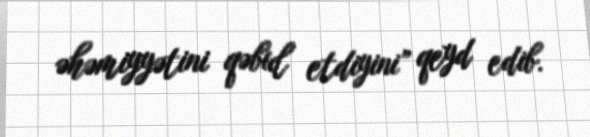
əhəmiyyətini qəbul etdiyini” qeyd edib.